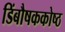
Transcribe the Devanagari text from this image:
डिंबौषककोष्ठ